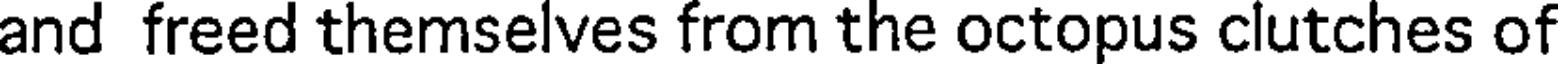
and freed themselves from the octopus clutches of